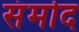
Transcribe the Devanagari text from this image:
संमोद